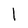
Character: l